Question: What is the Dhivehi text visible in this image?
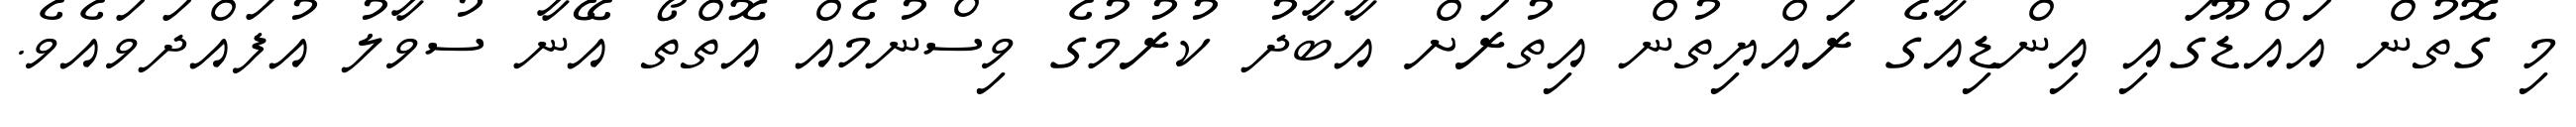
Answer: މި ގޮތުން އައްޑޫގައި އިންޑިއާގެ ރައްޔިތުން އިތުރަށް އާބާދު ކުރުމުގެ ވިސްނުމެއް އޮތްތޯ އޭނާ ސުވާލު އުފައްދަވައެވެ.